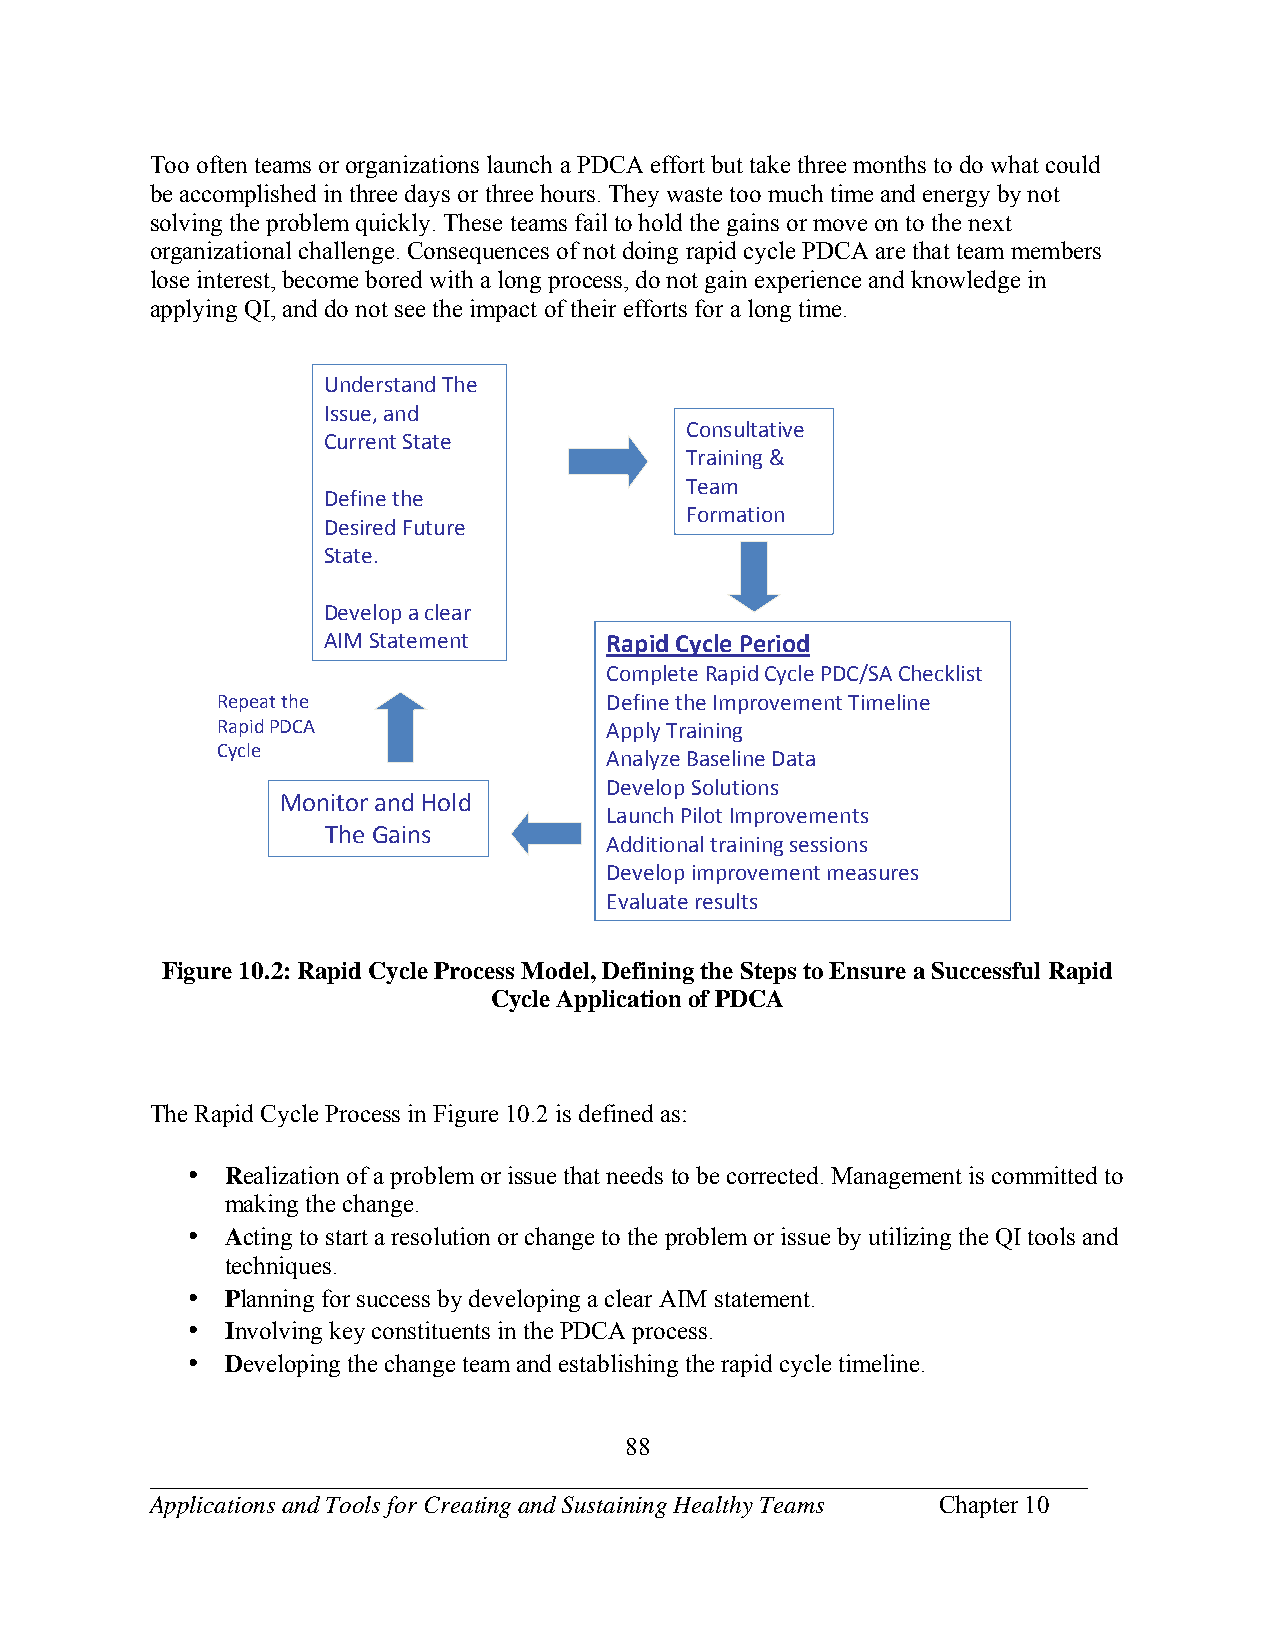
Too often teams or organizations launch a PDCA effort but take three months to do what could
 be accomplished in three days or three hours. They waste too much time and energy by not
 solving the problem quickly. These teams fail to hold the gains or move on to the next
 organizational challenge. Consequences of not doing rapid cycle PDCA are that team members
 lose interest, become bored with a long process, do not gain experience and knowledge in
 applying QI, and do not see the impact of their efforts for a long time.
 Understand The
 Issue, and
 Consultative
 Current State
 Training &
 Team
 Define the
 Formation
 Desired Future
 State.
 Develop a clear
 AIM Statement      Rapid Cycle Period
 Complete Rapid Cycle PDC/SA Checklist
 Repeat the                Define the Improvement Timeline
 Rapid PDCA                Apply Training
 Cycle
 Analyze Baseline Data
 Develop Solutions
 Monitor and Hold
 Launch Pilot Improvements
 The Gains
 Additional training sessions
 Develop improvement measures
 Evaluate results
 Figure 10.2: Rapid Cycle Process Model, Defining the Steps to Ensure a Successful Rapid
 Cycle Application of PDCA
 The Rapid Cycle Process in Figure 10.2 is defined as:
 •  Realization of a problem or issue that needs to be corrected. Management is committed to
 making the change.
 •  Acting to start a resolution or change to the problem or issue by utilizing the QI tools and
 techniques.
 •  Planning for success by developing a clear AIM statement.
 •  Involving key constituents in the PDCA process.
 •  Developing the change team and establishing the rapid cycle timeline.
 88
 ___________________________________________________________________________
 Applications and Tools for Creating and Sustaining Healthy Teams Chapter 10